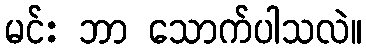
မင်း ဘာ သောက်ပါသလဲ။